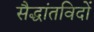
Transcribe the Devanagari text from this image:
सैद्धांतविदों